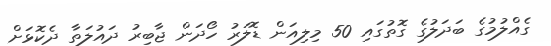
ގެއްލުމުގެ ބަދަލުގެ ގޮތުގައި 50 މިލިއަން ޑޮލަރު ހޯދަން ޖާބިރު ދައުލަތާ ދެކޮޅަށް